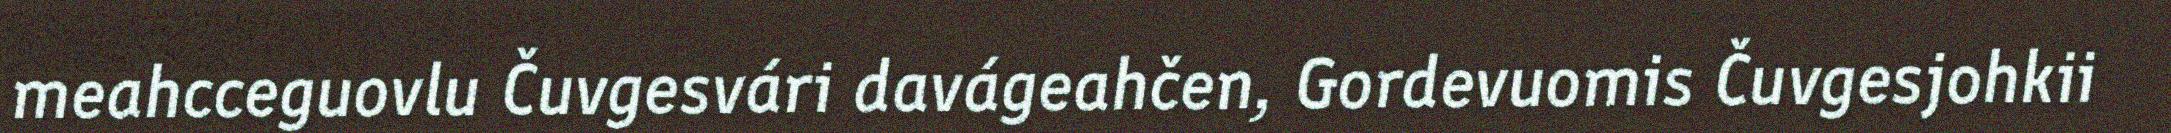
meahcceguovlu Čuvgesvári davágeahčen, Gordevuomis Čuvgesjohkii